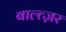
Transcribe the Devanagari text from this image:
बाल्त्ज़र